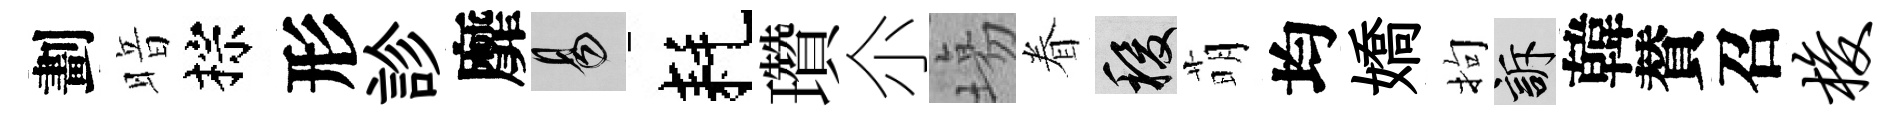
劃暗棕形診靡易耗瓚尒塲眷稷萌均嬌拘訴韓賛召梭